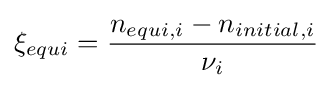
\xi _{equi}={\frac {n_{equi,i}-n_{initial,i}}{\nu _{i}}}